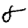
Digit: 8